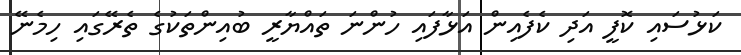
ކަޅުސައި ކޮފީ އަދި ކެފެއިން އަޅާފައި ހުންނަ ތައްޔާރީ ބުއިންތަކުގެ ތެރޭގައި ހިމެނޭ